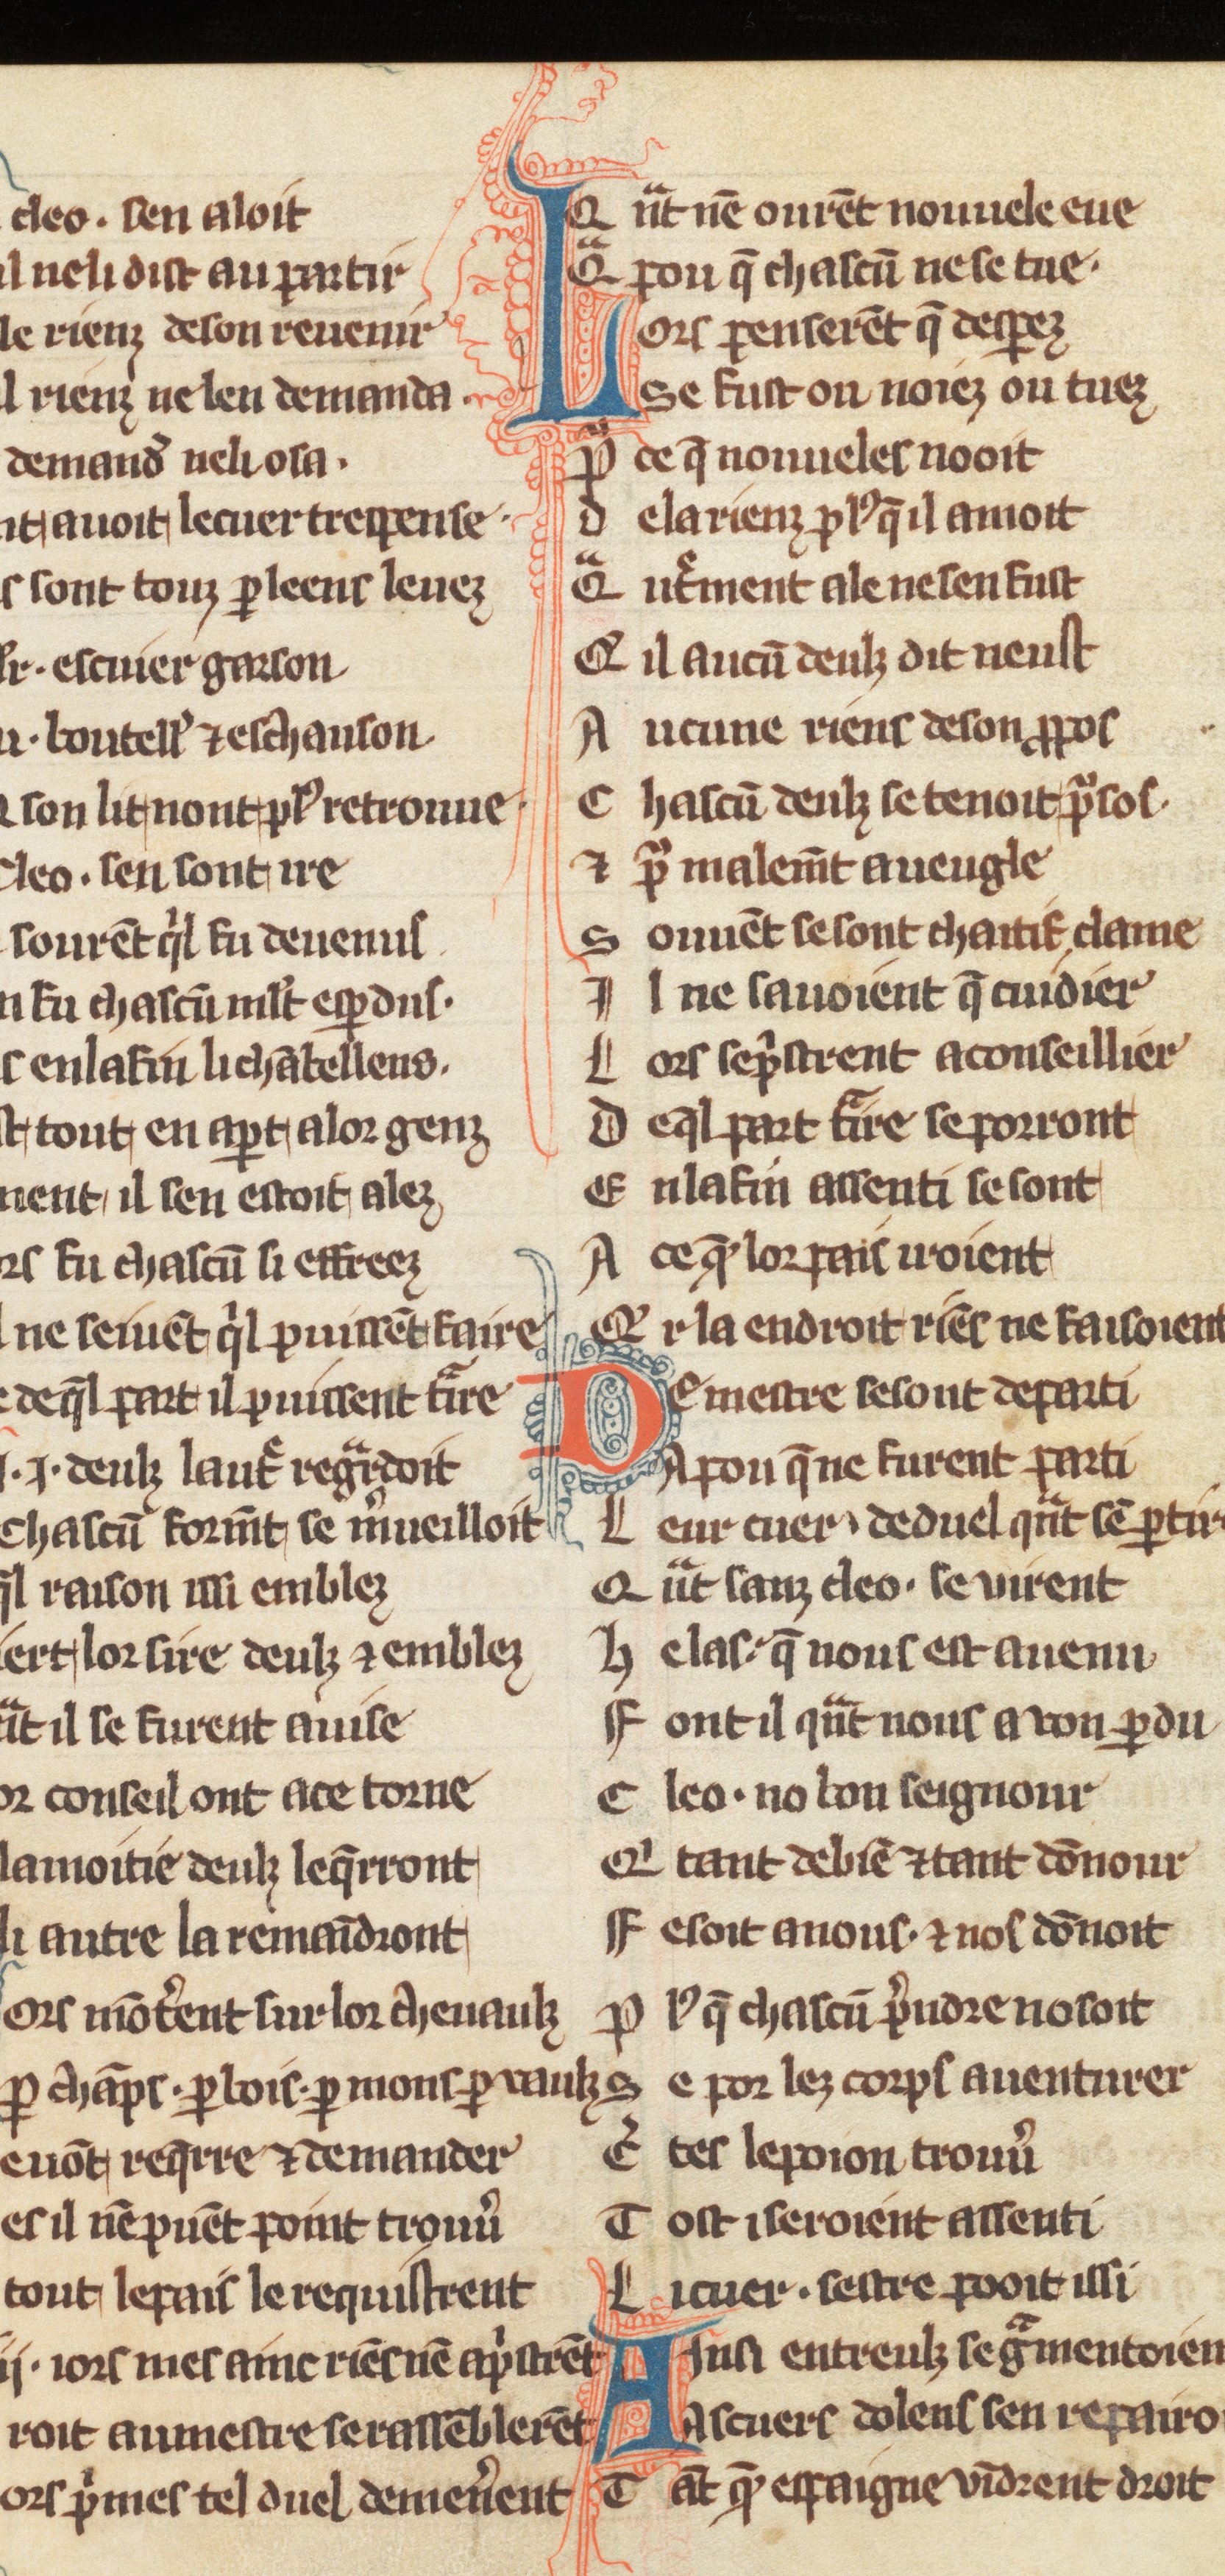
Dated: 1270–1299